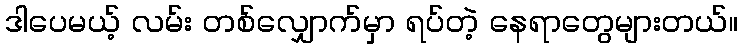
ဒါပေမယ့် လမ်း တစ်လျှောက်မှာ ရပ်တဲ့ နေရာတွေများတယ်။